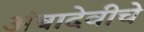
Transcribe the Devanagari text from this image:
अंबादेवीचे